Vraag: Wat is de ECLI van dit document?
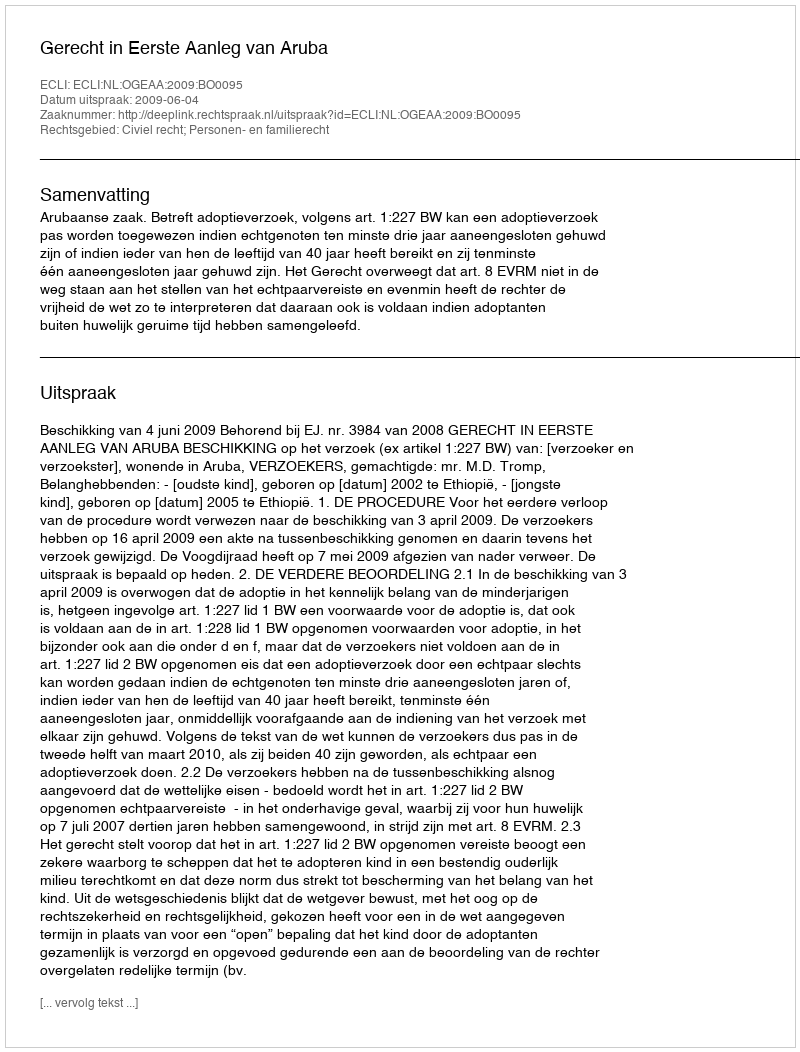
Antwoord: ECLI:NL:OGEAA:2009:BO0095